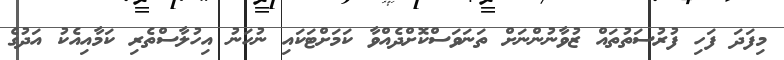
މިފަދަ ފަހި ފުރުސަތުތައް ޒުވާނުންނަށް ތަނަވަސްކޮށްދެއްވާ ކަމަށްޓަކައި ނުހަނު އިހުލާސްތެރި ކަމާއިއެކު އަދުގެ